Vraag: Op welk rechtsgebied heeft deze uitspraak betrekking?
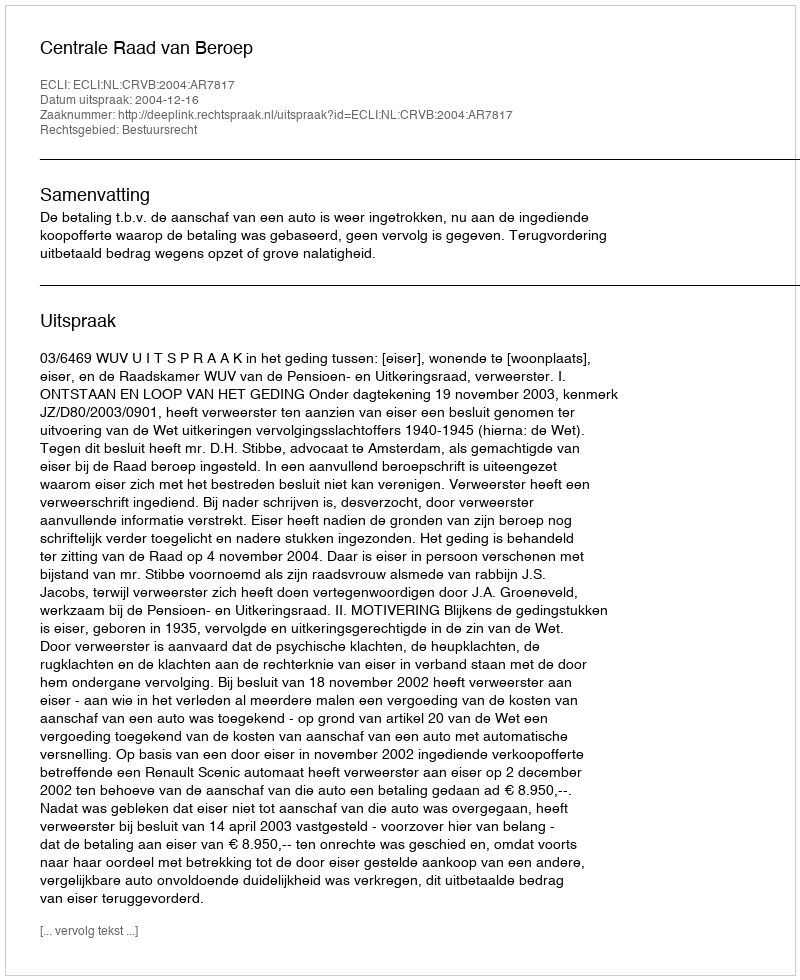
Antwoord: Bestuursrecht